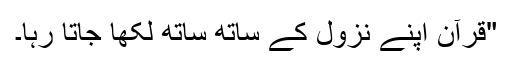
"قرآن اپنے نزول کے ساتھ ساتھ لکھا جاتا رہا۔